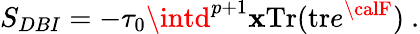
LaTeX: S_{DBI}=-{\tau_{0}}\intd^{p+1}\mathbf{x}\mathrm{{Tr}}(\mathrm{{tr}}e^{{\calF}})\ .